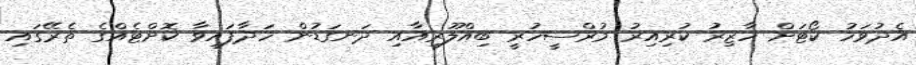
އެދުވަހު ކޯޓަށް ހާޒިރު ކުރިއިރު މުރްސީހުރީ ބިއްލޫރިއާއި ދަނގަޑުން ހަދާފައިވާ ކޮށްޓެއްގެ ތެރޭގައި